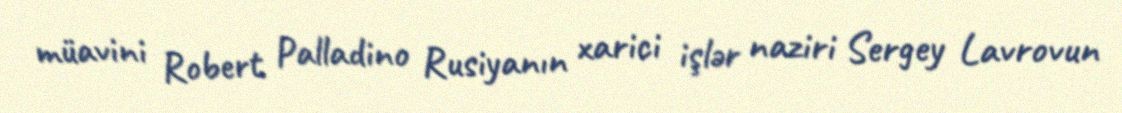
müavini Robert Palladino Rusiyanın xarici işlər naziri Sergey Lavrovun